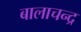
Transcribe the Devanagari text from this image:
बालाचन्द्र